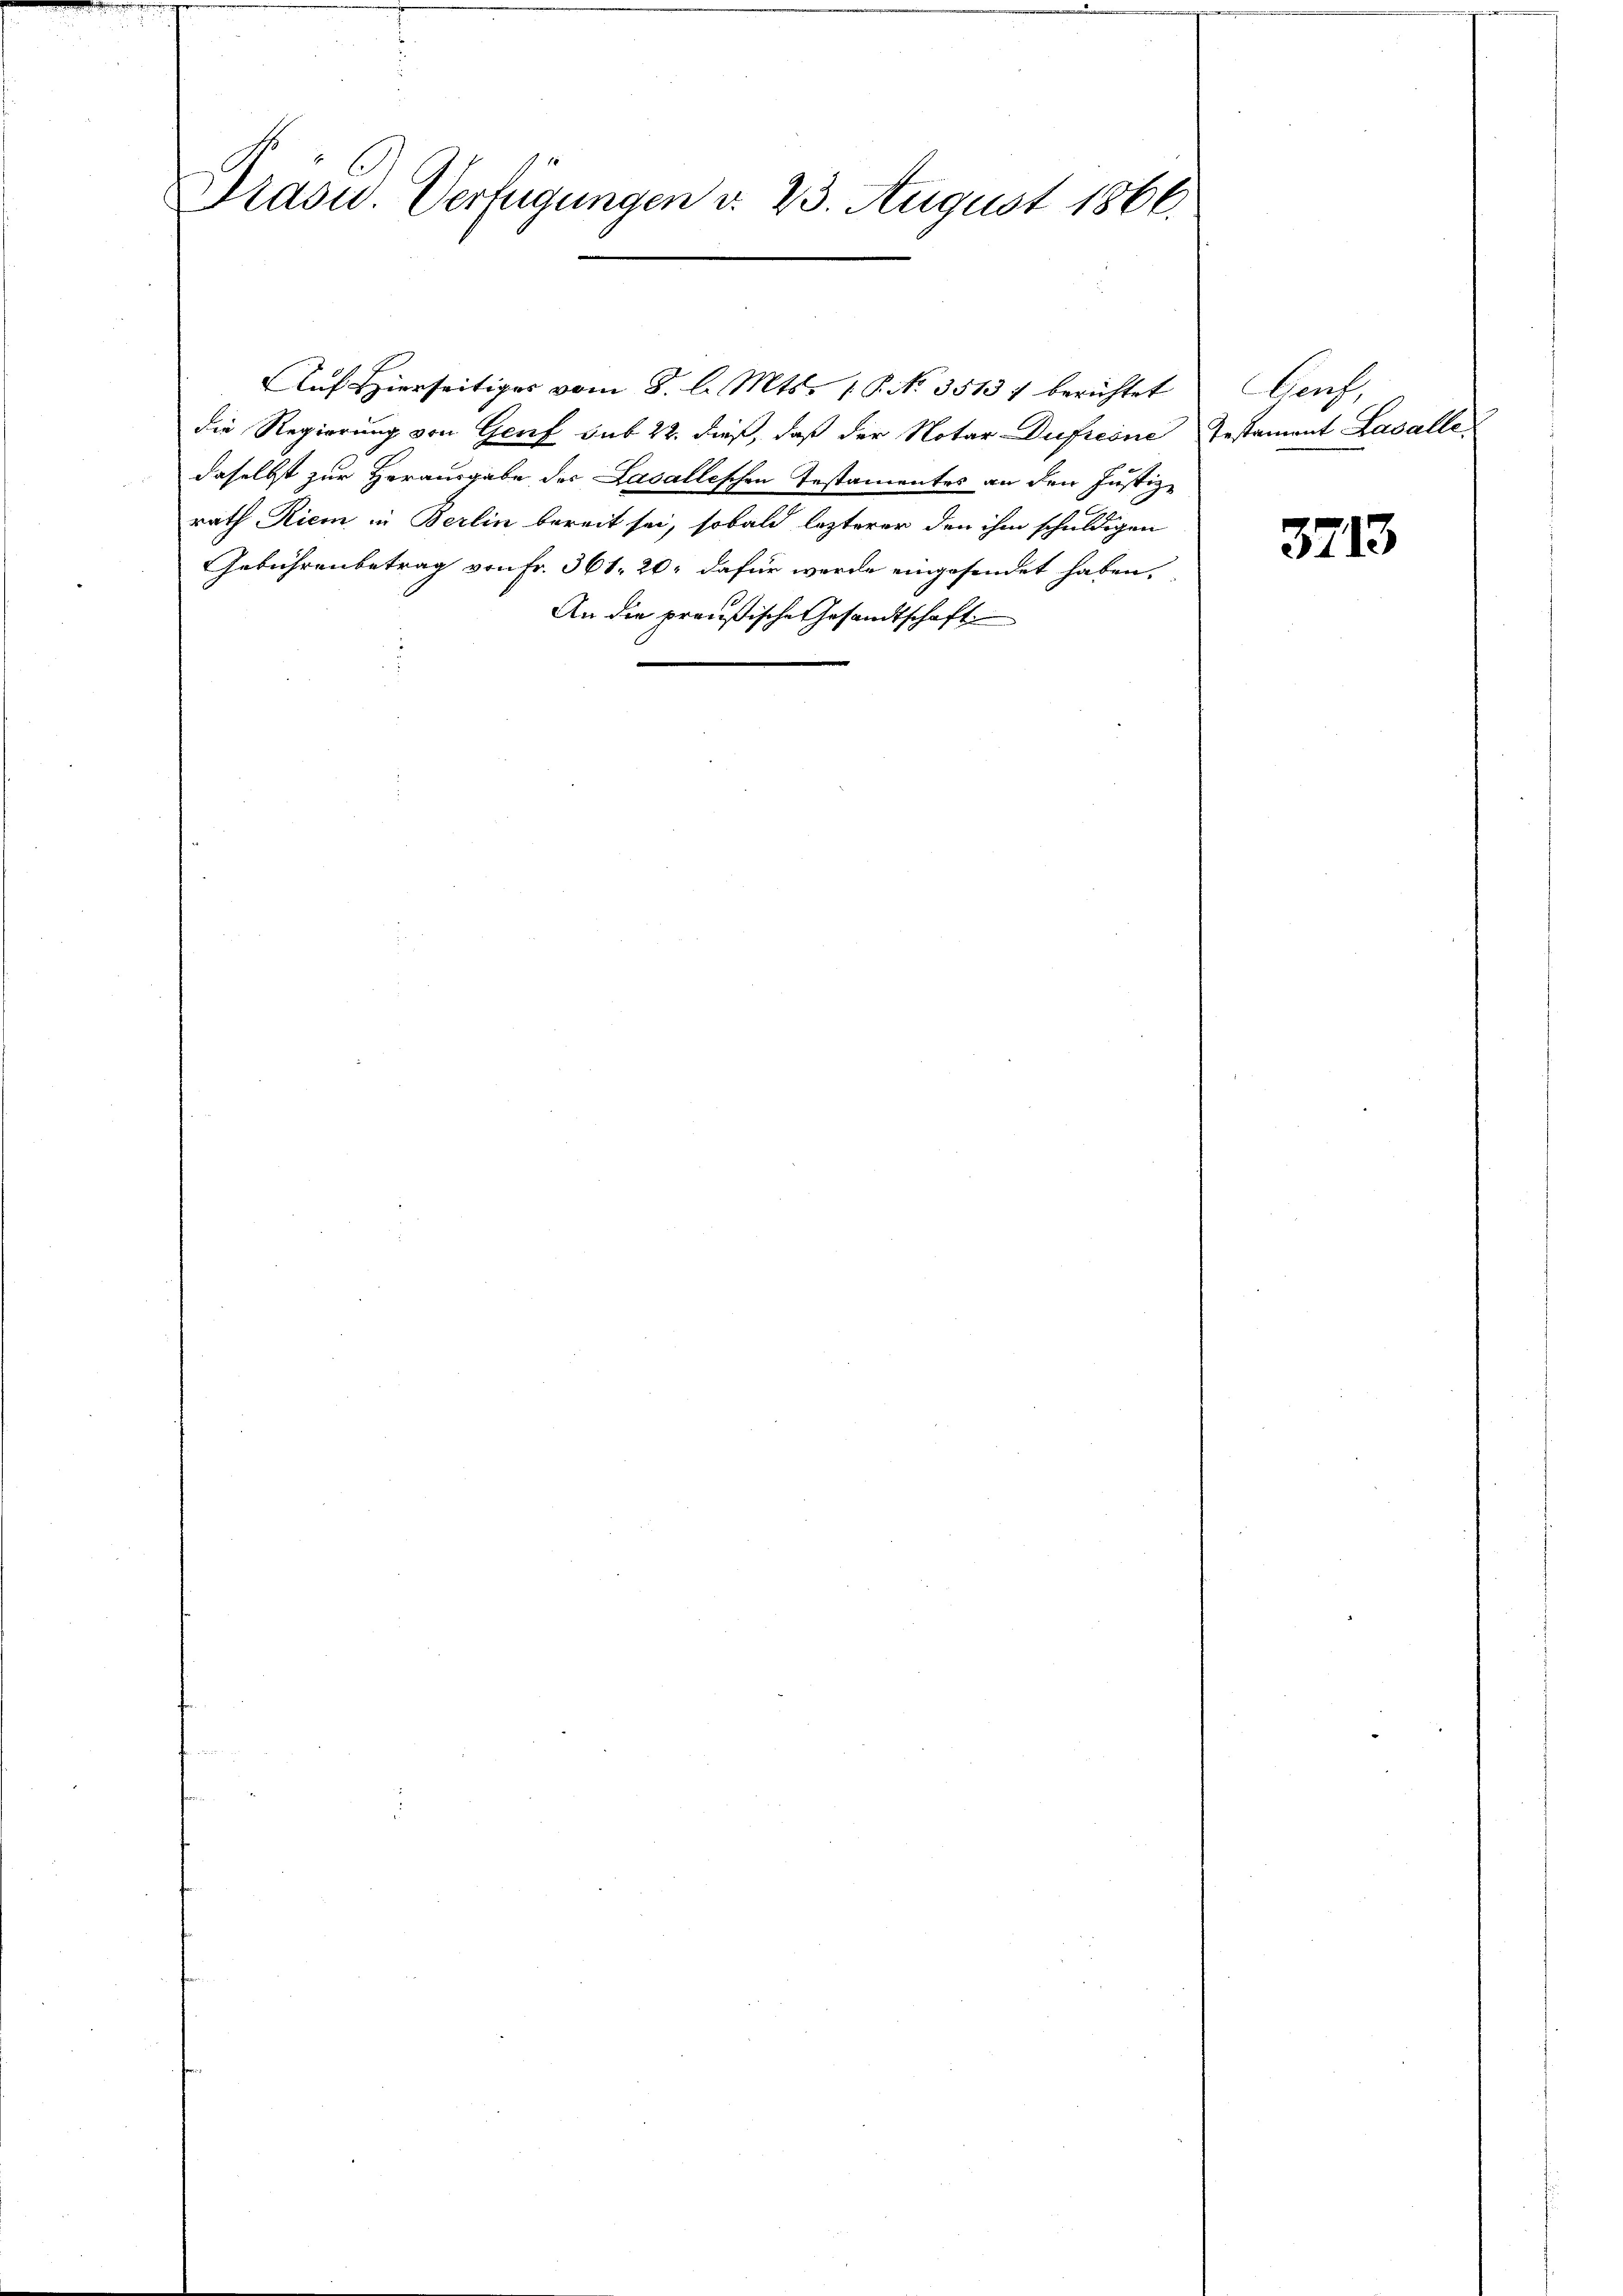
e

Prasid. Verfügungen d. 23. August 1866.

Auf Hierseitiges vom 8. l. Mts. 1 P. No. 3513) berichtet
die Regierung von Genf sub 22. dieß, daß der Notar Dufrcöne Testament Lasalle
daselbst zur Herausgabe der Lasallischen Testamentes an den Justiz-
rath Riem in Berlin bereit sei, sobald lezterer den ihm schuldigen
Gebührenbetrag von Fr. 361. 20. dafür werde eingesendet haben.
An die preußische Gesandtschaft

Laufe

3713